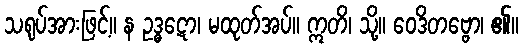
သရုပ်အားဖြင့်။ န ဥဒ္ဓဋော၊ မထုတ်အပ်။ ဣတိ၊ သို့။ ဝေဒိတဗ္ဗော၊ ၏။